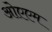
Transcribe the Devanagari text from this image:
ओएएम